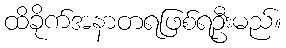
ထိခိုက်အနာတရဖြစ်ရဦးမည်။